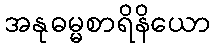
အနုဓမ္မစာရိနိယော